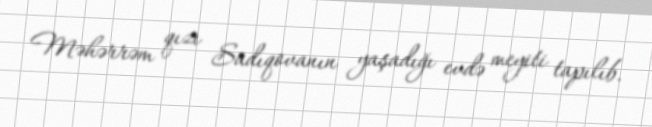
Məhərrəm qızı Sadıqovanın yaşadığı evdə meyiti tapılıb.